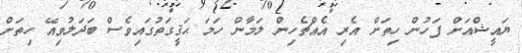
ޔައީޝްއަށް ފަހުން ހިތަށް އެރި އެއްޗެހިން ލަމާން ހަމަ ޙަޤީގަތުގައިވެސް ބަދަލުވިއޭ ހިތަށް